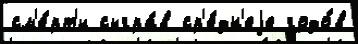
см'е́рт'и сыгра́в ср'е́дн'еjе годо́в